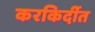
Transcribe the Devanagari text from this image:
करकिर्दीत